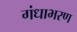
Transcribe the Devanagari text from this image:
गंधाभरण